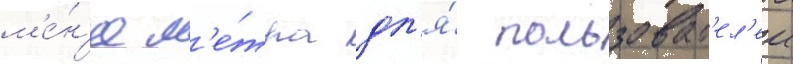
м'е́н'ее м'е́тра дл'я́ пользоват'ел'еи